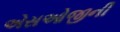
એસઓજીની